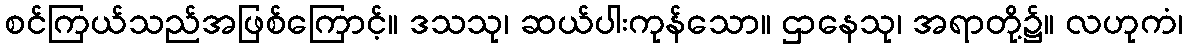
စင်ကြယ်သည်အဖြစ်ကြောင့်။ ဒသသု၊ ဆယ်ပါးကုန်သော။ ဌာနေသု၊ အရာတို့၌။ လဟုကံ၊